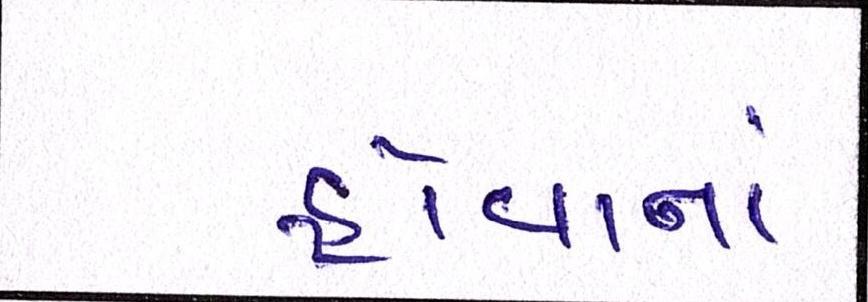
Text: હોવાનાં